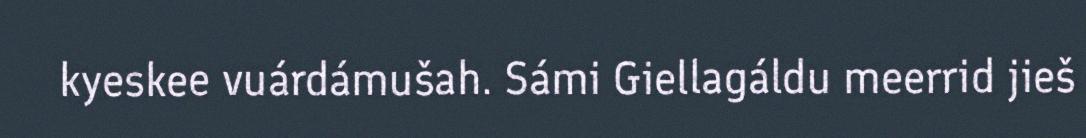
kyeskee vuárdámušah. Sámi Giellagáldu meerrid jieš